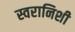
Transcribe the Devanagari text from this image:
स्वरानिशी